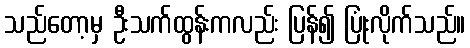
သည်တော့မှ ဦးသက်ထွန်းကလည်း ပြန်၍ ပြုံးလိုက်သည်။